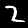
Digit: 2